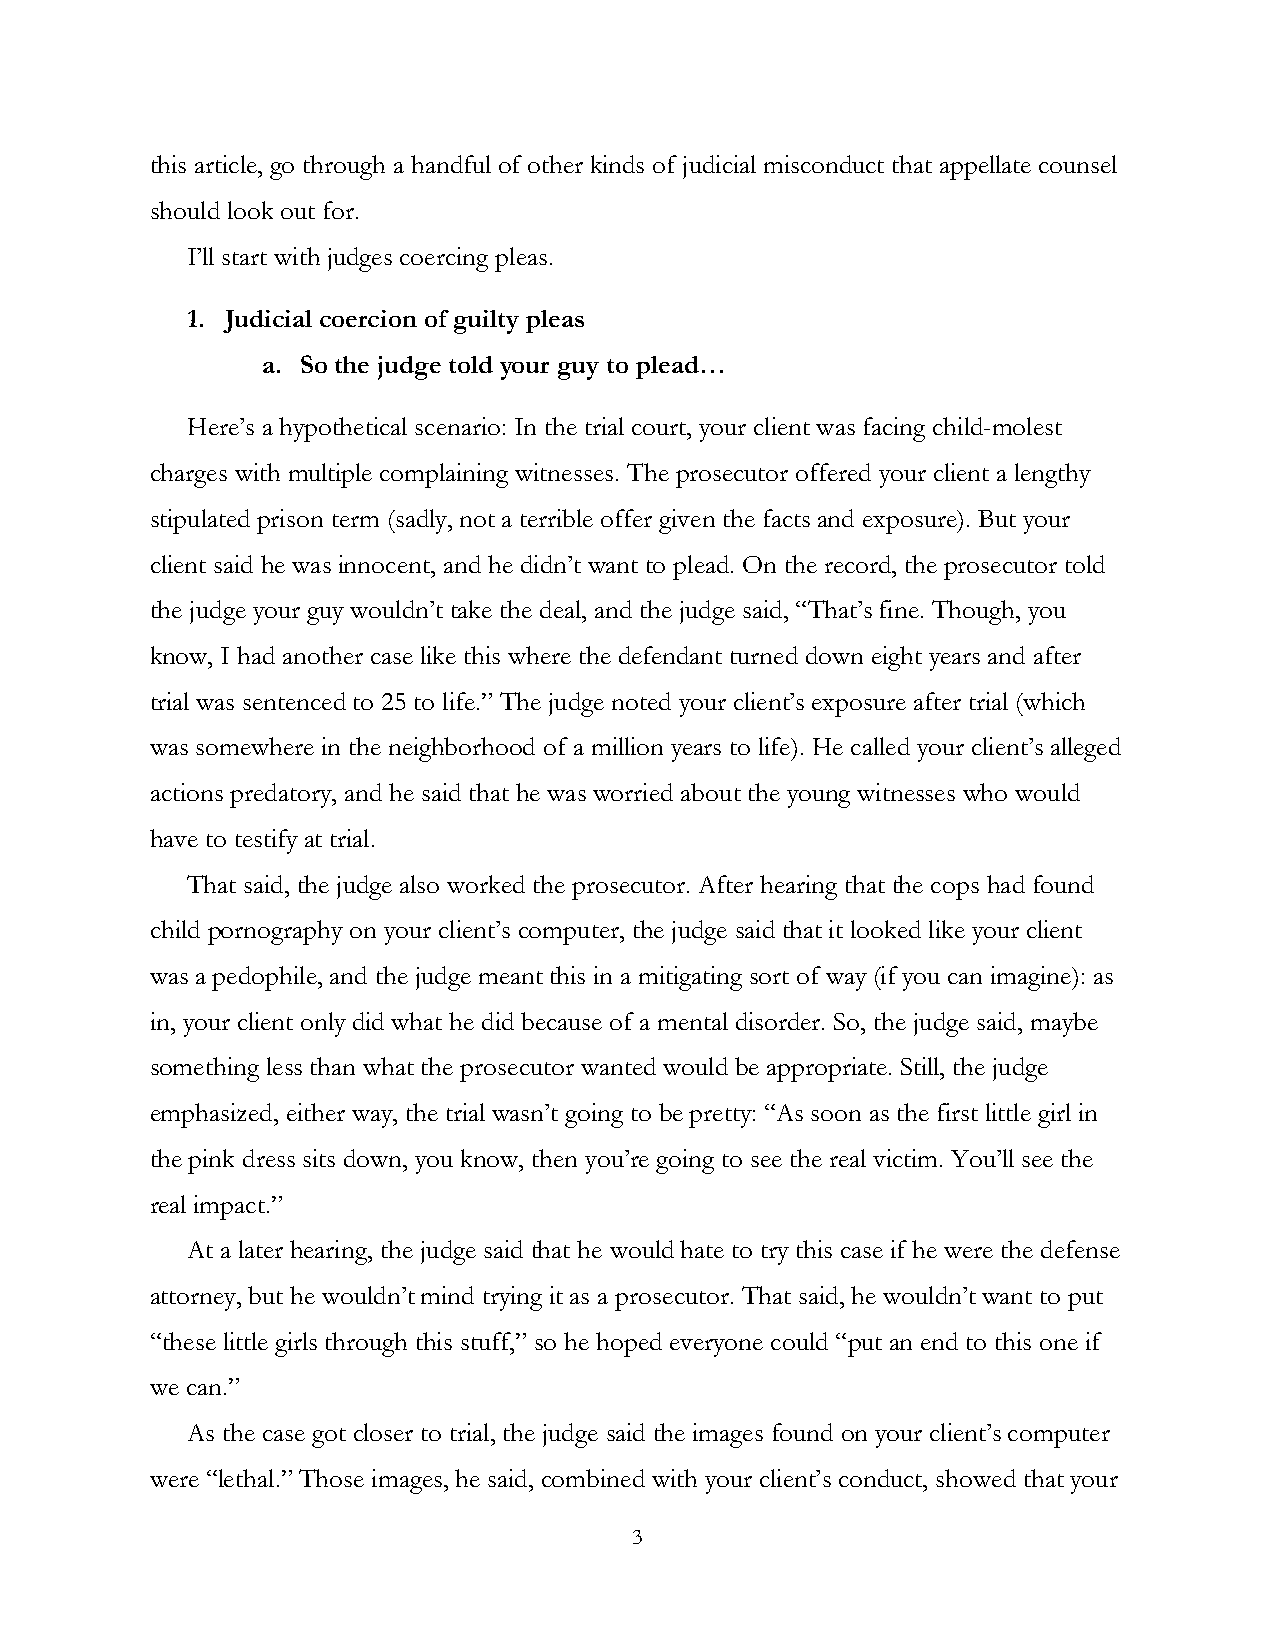
this article, go through a handful of other kinds of judicial misconduct that appellate counsel
 should look out for.
 I’ll start with judges coercing pleas.
 1. Judicial coercion of guilty pleas
 a. So the judge told your guy to plead…
 Here’s a hypothetical scenario: In the trial court, your client was facing child-molest
 charges with multiple complaining witnesses. The prosecutor offered your client a lengthy
 stipulated prison term (sadly, not a terrible offer given the facts and exposure). But your
 client said he was innocent, and he didn’t want to plead. On the record, the prosecutor told
 the judge your guy wouldn’t take the deal, and the judge said, “That’s fine. Though, you
 know, I had another case like this where the defendant turned down eight years and after
 trial was sentenced to 25 to life.” The judge noted your client’s exposure after trial (which
 was somewhere in the neighborhood of a million years to life). He called your client’s alleged
 actions predatory, and he said that he was worried about the young witnesses who would
 have to testify at trial.
 That said, the judge also worked the prosecutor. After hearing that the cops had found
 child pornography on your client’s computer, the judge said that it looked like your client
 was a pedophile, and the judge meant this in a mitigating sort of way (if you can imagine): as
 in, your client only did what he did because of a mental disorder. So, the judge said, maybe
 something less than what the prosecutor wanted would be appropriate. Still, the judge
 emphasized, either way, the trial wasn’t going to be pretty: “As soon as the first little girl in
 the pink dress sits down, you know, then you’re going to see the real victim. You’ll see the
 real impact.”
 At a later hearing, the judge said that he would hate to try this case if he were the defense
 attorney, but he wouldn’t mind trying it as a prosecutor. That said, he wouldn’t want to put
 “these little girls through this stuff,” so he hoped everyone could “put an end to this one if
 we can.”
 As the case got closer to trial, the judge said the images found on your client’s computer
 were “lethal.” Those images, he said, combined with your client’s conduct, showed that your
 3